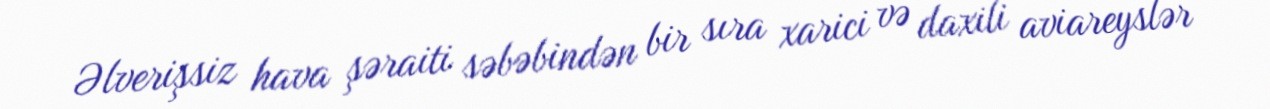
Əlverişsiz hava şəraiti səbəbindən bir sıra xarici və daxili aviareyslər